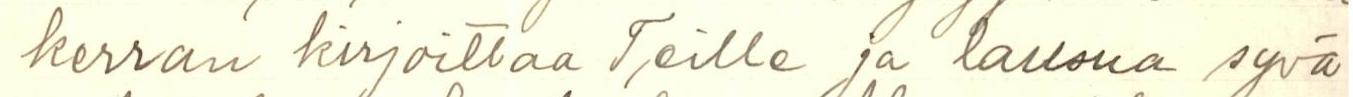
kerran kirjoittaa Teille ja lausua syvä